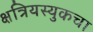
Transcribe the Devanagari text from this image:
क्षत्रियस्युकचा